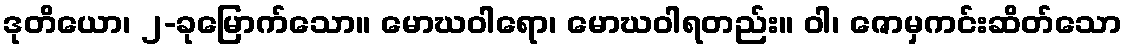
ဒုတိယော၊ ၂-ခုမြောက်သော။ မောဃဝါရော၊ မောဃဝါရတည်း။ ဝါ၊ ဇောမှကင်းဆိတ်သော